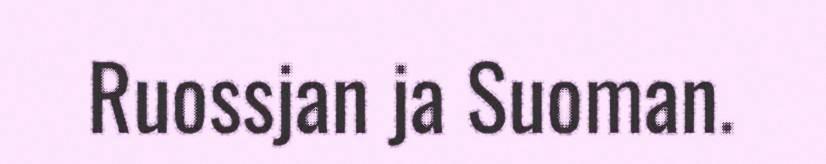
Ruossjan ja Suoman.